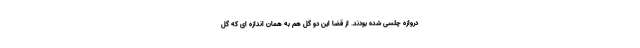
دروازه چلسی شده بودند. از قضا این دو گل هم به همان اندازه ای که گل